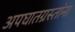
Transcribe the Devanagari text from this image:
अपघातग्रस्तांना